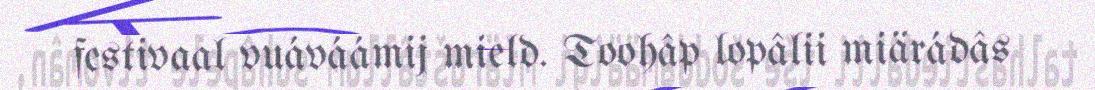
festivaal vuáváámij mield. Toohâp lopâlii miärádâs